Senior Leaving Certificate Examination (including Day School Certificate (Higher) General paper), 1950
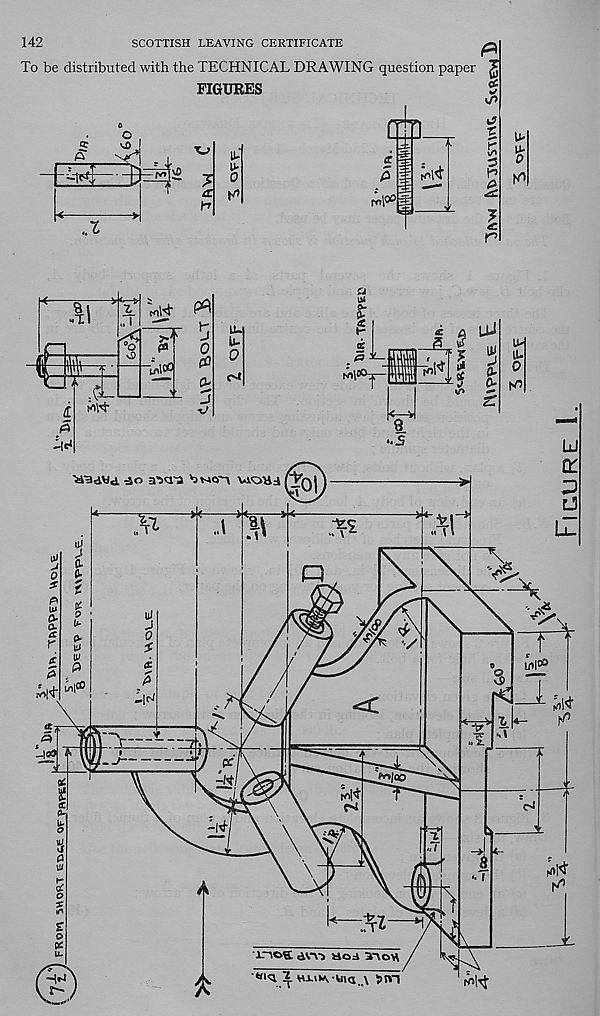
142
SCOTTISH LEAVING CERTIFICATE
To be distributed with the TECHNICAL DRAWING question paper
FIGURES
a:
A
O
'JJ
^
. L
?
a.
db
i
<c
p
T
c£ «/
k?
■c
S
I
r
kiIn
L
iol<
£>
I*
(Ol't
••5
-4^
Joi
'HBeWcS. 4lo ar>a'a
vroHi
><
—1
nil
P
V
wl»
Lnl®
-M
;il<r
T-k-
-"7
1 —
V
-f-
c*»lcc
-M
y»lv
^1^
' • f
A
\<—i
HA
ino^ d\~v> hoa 3-vov\
/V
KW
A
/
Figure 1.